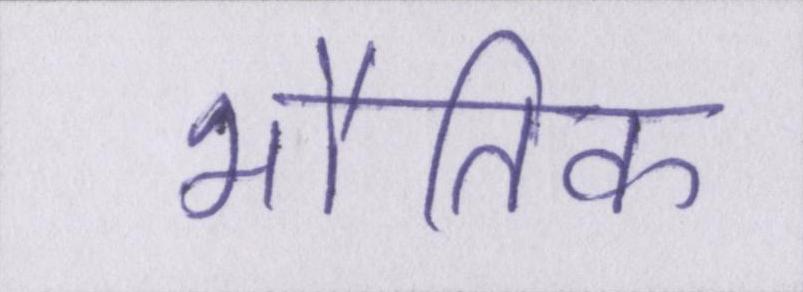
भौतिक